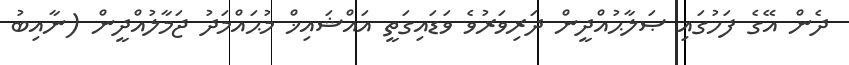
ދެން އޭގެ ފަހުގައި ޞަލާޙުއްދީން ދަރިވަރުވެ ވަޑައިގަތީ އައްޝައިޚް މުޙައްމަދު ޖަމާލުއްދީން (ނާއިބު